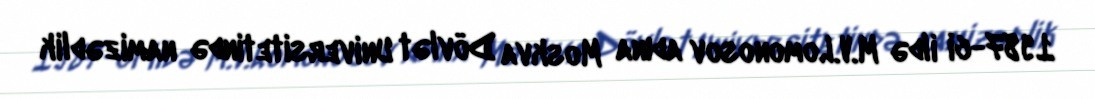
1987-ci ildə M.V.Lomonosov adına Moskva Dövlət Universitetində namizədlik